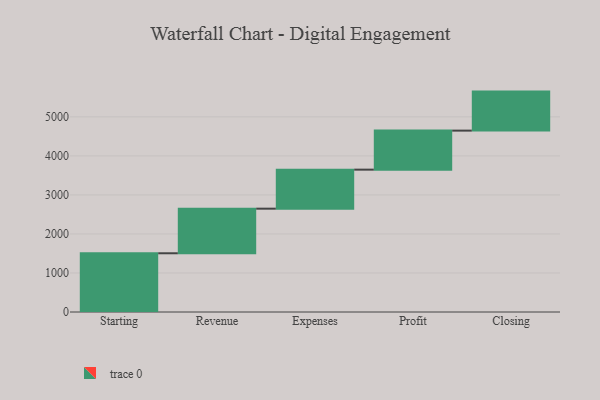
{"axis": {"x": "Step", "y": "Value"}, "legend": [""], "data": [{"x": "Starting", "y": 1505.0, "type": ""}, {"x": "Revenue", "y": 1143.0, "type": ""}, {"x": "Expenses", "y": 1000, "type": ""}, {"x": "Profit", "y": 1000, "type": ""}, {"x": "Closing", "y": 1000, "type": ""}]}